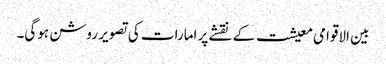
بین الاقوامی معیشت کے نقشے پر امارات کی تصویر روشن ہوگی۔